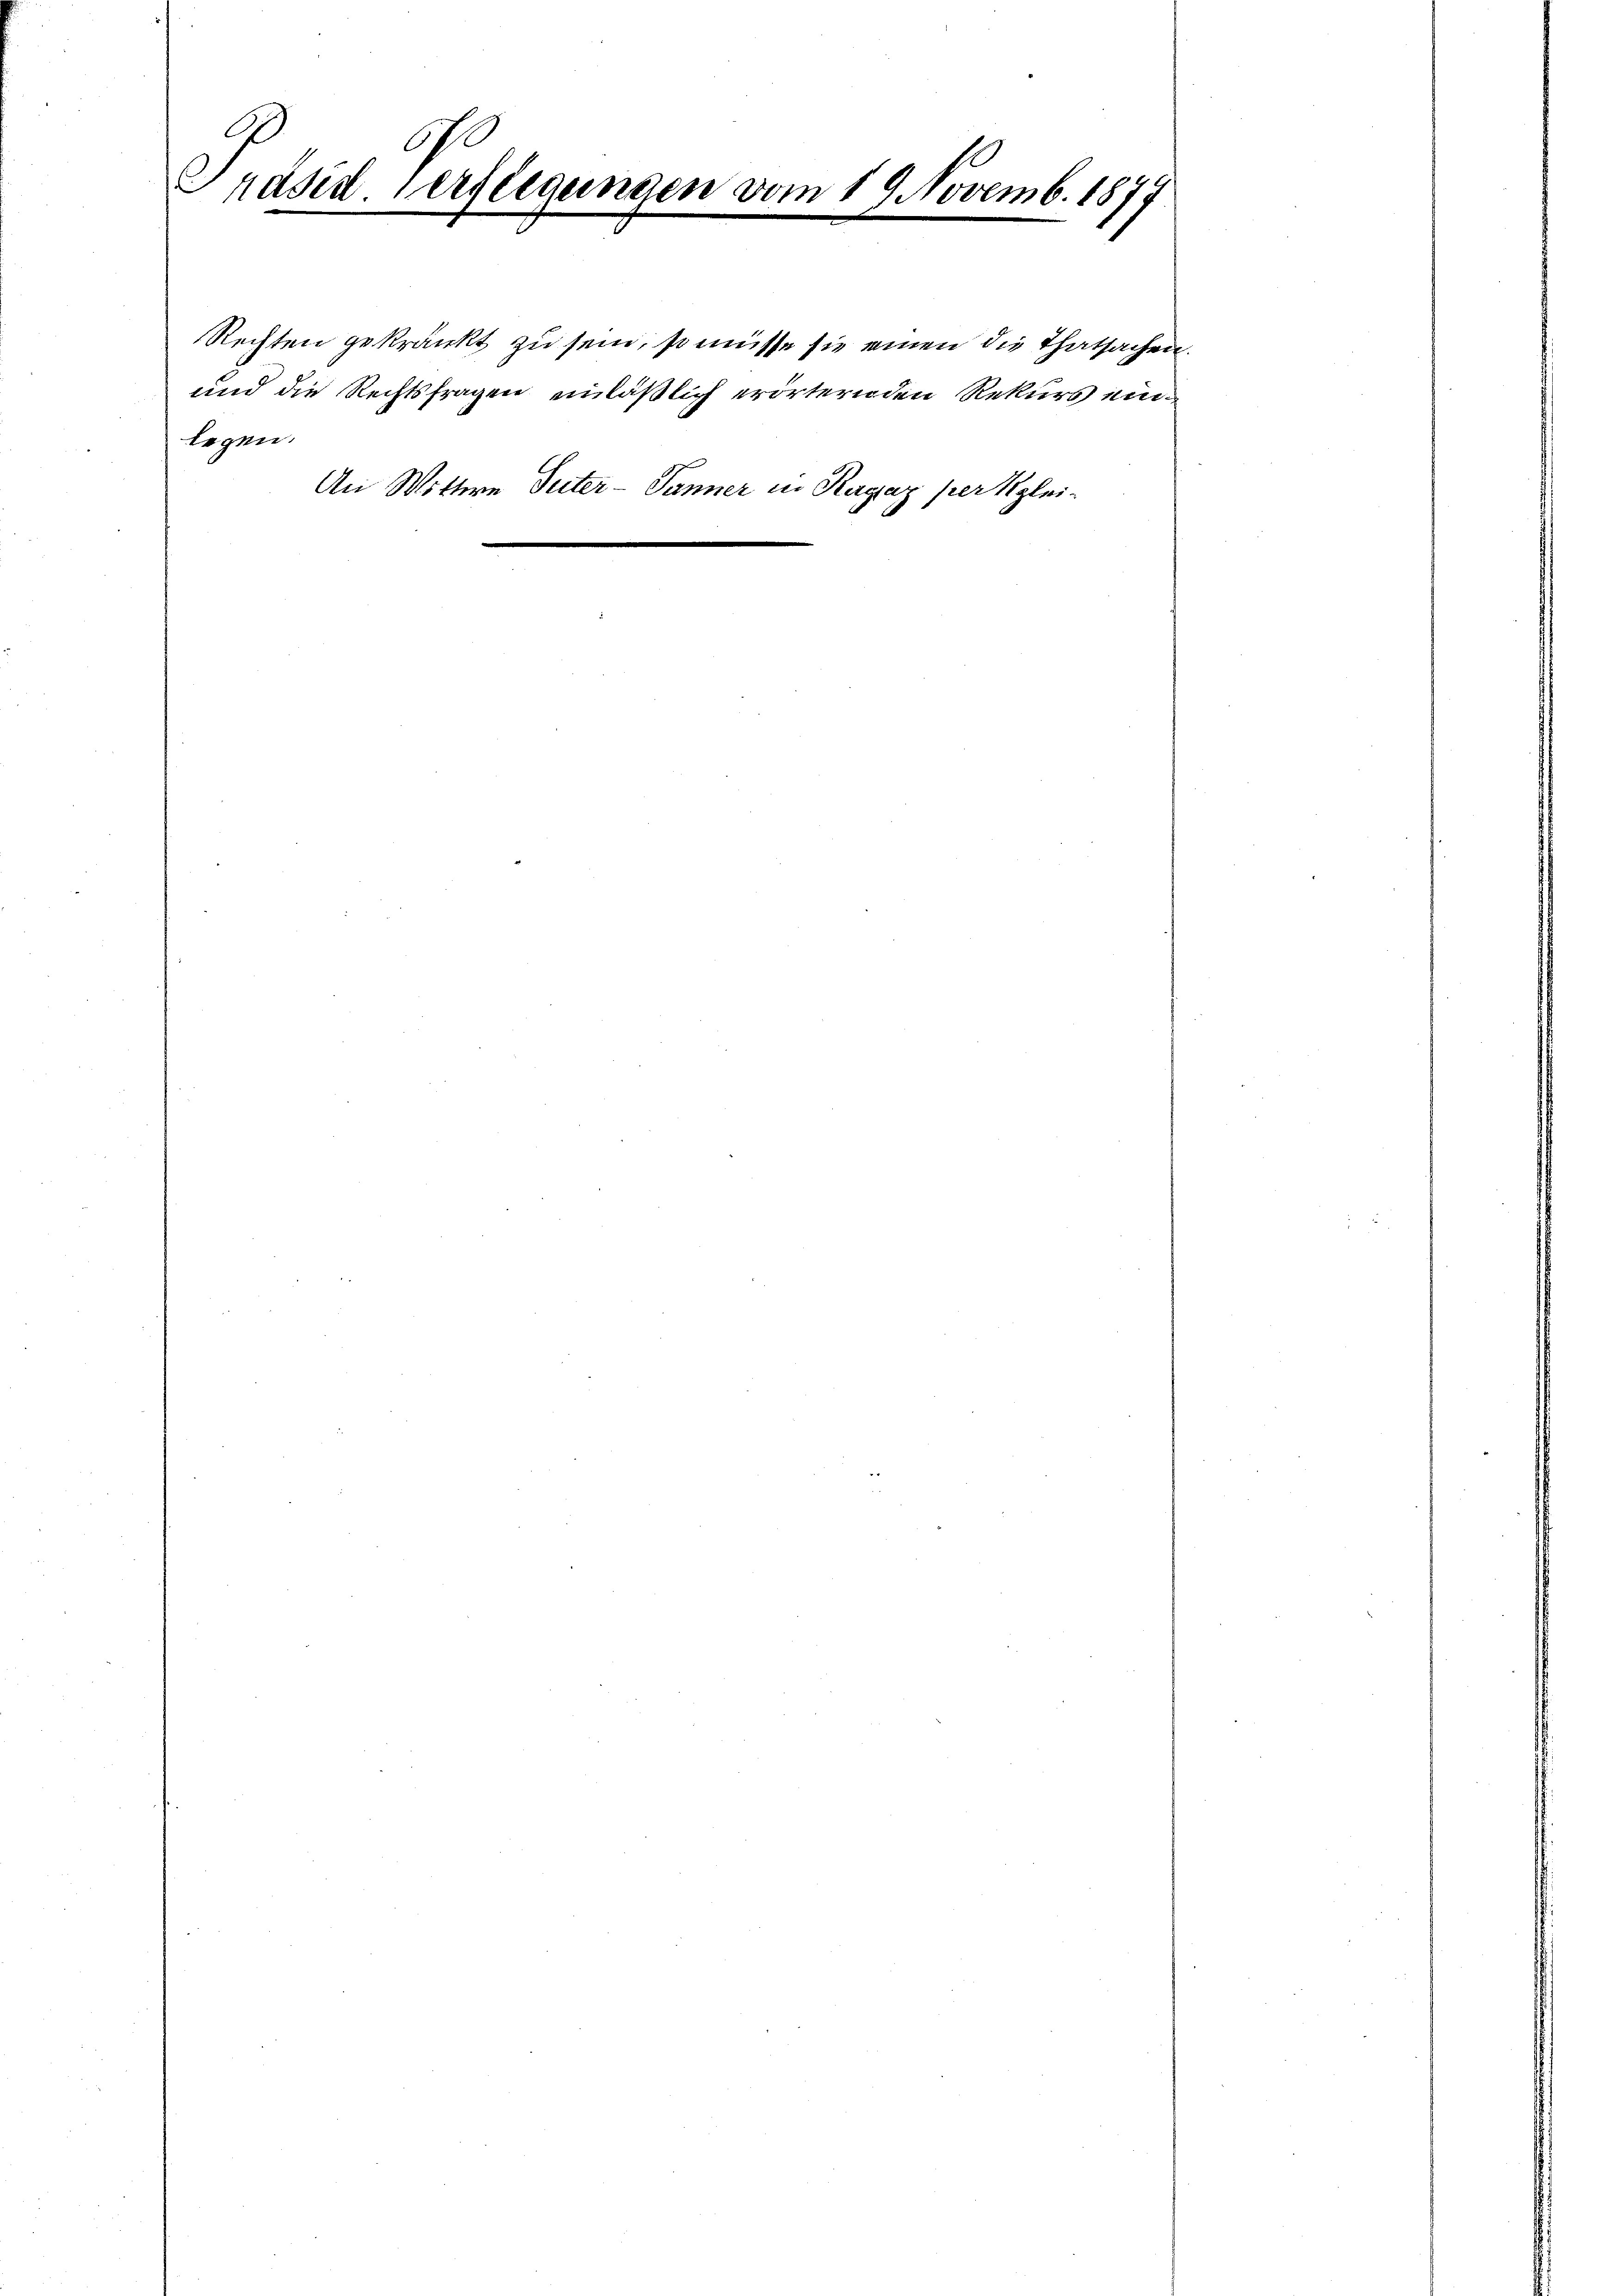
G
Präsid. Verfligungen vom 19. Novemb. 1877

Rechten gekränkt zu sein, so müsse sie einen die Thatsachen.
und die Rechtsfragen einläßlich erörternden Rekurs ein
legen.
An Wittwe Suter-Tanner in Ragaz per glei¬